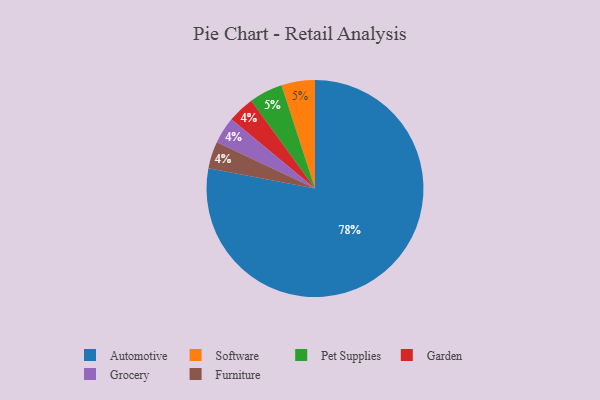
{"axis": {"x": "Category", "y": "Percentage"}, "legend": ["Automotive", "Furniture", "Garden", "Grocery", "Pet Supplies", "Software"], "data": [{"x": "Garden", "y": 4, "type": "Garden"}, {"x": "Automotive", "y": 78, "type": "Automotive"}, {"x": "Software", "y": 5, "type": "Software"}, {"x": "Grocery", "y": 4, "type": "Grocery"}, {"x": "Furniture", "y": 4, "type": "Furniture"}, {"x": "Pet Supplies", "y": 5, "type": "Pet Supplies"}]}